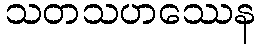
သတသဟဿေန